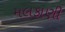
મલકાણી